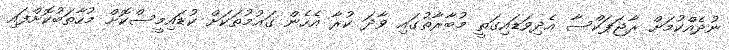
ނުދެއްކުމަށް ރާޖަޕަކްސާ އެދިވަޑައިގަތީ މުބާރާތުގައި ވާދަ ކުރާ އެހެން ގައުމުތަކަށް ކުޑައިމީސްކޮށް މުހާތަބުކޮށްފައި